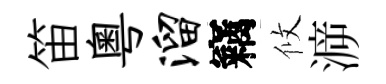
笛粵溜竊攸㴑